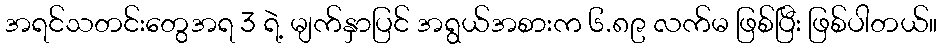
အရင်သတင်းတွေအရ 3 ရဲ့ မျက်နှာပြင် အရွယ်အစားက ၆.၈၉ လက်မ ဖြစ်ပြီး ဖြစ်ပါတယ်။